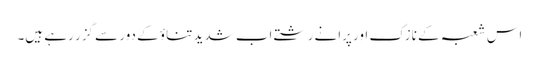
اس شعبہ کے نازک اور پرانے رشتے اب شدید تناؤ کے دور سے گزر رہے ہیں۔